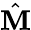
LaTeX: \hat{\textbf{M}}